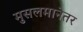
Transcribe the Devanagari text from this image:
मुसलमानेतर